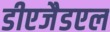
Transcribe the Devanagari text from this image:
डीएजैडएल